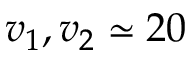
v _ { 1 } , v _ { 2 } \simeq 2 0